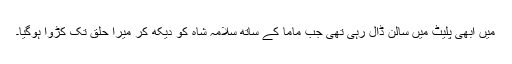
میں ابھی پلیٹ میں سالن ڈال رہی تھی جب ماما کے ساتھ سلامہ شاہ کو دیکھ کر میرا حلق تک کڑوا ہوگیا۔